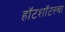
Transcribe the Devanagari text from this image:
हॉटशॉटस्चा